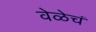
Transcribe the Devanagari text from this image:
वेळेचं